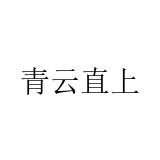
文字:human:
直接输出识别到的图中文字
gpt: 青云直上